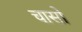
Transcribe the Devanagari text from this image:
चासो